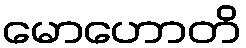
မောဟောတိ